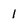
Character: 1